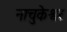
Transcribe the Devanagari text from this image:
नाचुकेश्वर